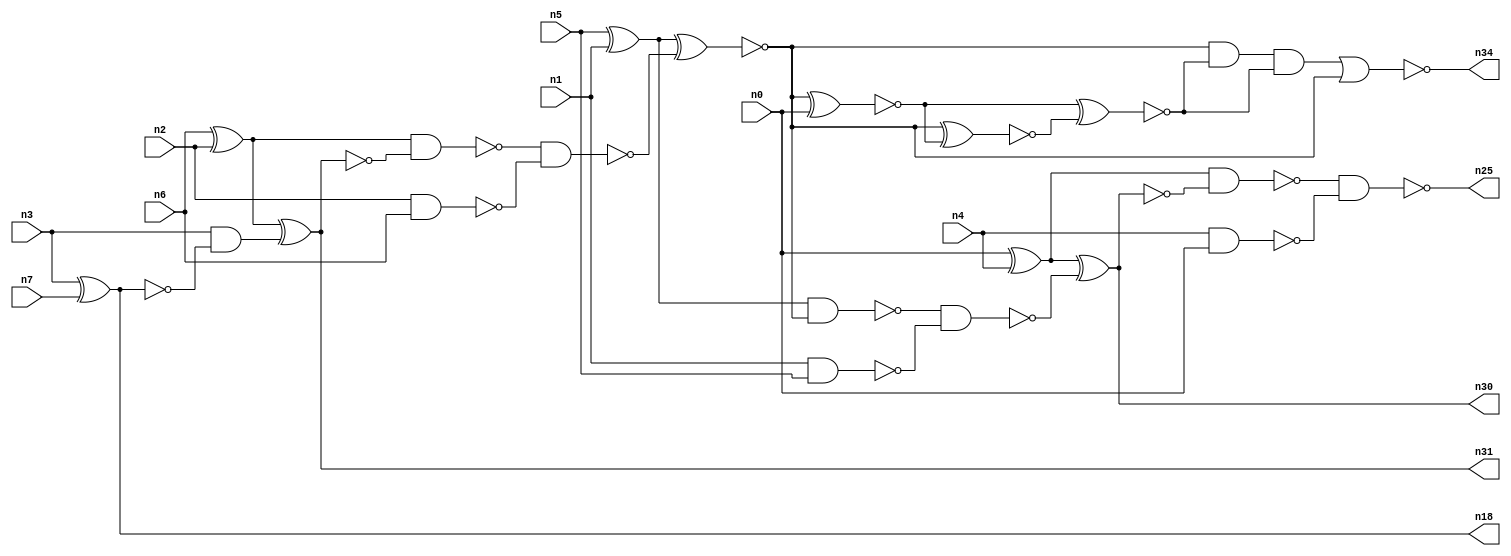
// This file contains a pareto-optimal circuit with respect to area and the fault-resilince parameter p_fault which is defined as:
// "For all input vectors, the ratio of the no. of faults observable at the POs to the no. of total possible faults in the circuit".
// This code is part of the ReCkt library (https://github.com/umar-afzaal/ReCkt) distributed under The MIT License.
// When used, please cite the following article(s):
// U. Afzaal, A.S. Hassan, M. Usman and J.A. Lee, "On the Evolutionary Synthesis of Increased Fault-resilience Arithmetic Circuits".

// p_fault = 74.1 %    (Lower is better)
// gates = 27.0
// levels = 12
// area = 35.94    (For MCNC library relative to nand2)
// power = 161.1 uW    (Berkely-SIS for MCNC library @ Vdd=5V and 20 MHz clock)
// delay = 21.7 ns    (Berkely-ABC for MCNC library)
// PDP = 3.49587e-12 J

// Pin mapping:
// {n0, n1, n2, n3} = A[3:0]
// {n4, n5, n6, n7} = B[3:0]
// {n25, n30, n34, n31, n18} = O[4:0]

module addr4u_area_11 (
n0, n1, n2, n3, n4, n5, n6, n7, 
n25, n30, n34, n31, n18
);

input n0, n1, n2, n3, n4, n5, n6, n7;
output n25, n30, n34, n31, n18;
wire n29, n13, n24, n20, n9, n23, n14, n16, n8, n22, n15, n32, n10, n26, n19, n21, n33, n27, n11, n28, 
n12, n17;

nand (n8, n2, n6);
xnor (n9, n3, n7);
nand (n10, n1, n5);
nand (n11, n4, n0);
xor (n12, n5, n1);
xor (n13, n0, n4);
xor (n14, n6, n2);
and (n15, n3, n9);
xnor (n16, n14, n15);
nand (n17, n14, n16);
nand (n18, n9, n9);
nand (n19, n17, n8);
xnor (n20, n12, n19);
nand (n21, n12, n20);
nand (n22, n21, n10);
xnor (n23, n13, n22);
nand (n24, n13, n23);
nand (n25, n24, n11);
xnor (n26, n20, n0);
xnor (n27, n20, n26);
and (n28, n16, n16);
xnor (n29, n26, n27);
nor (n30, n23, n23);
nor (n31, n16, n28);
and (n32, n20, n29);
and (n33, n32, n29);
nor (n34, n33, n20);

endmodule